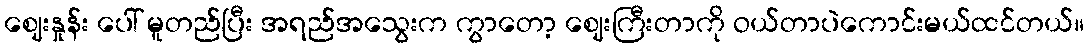
ဈေးနှုန်း ပေါ် မူတည်ပြီး အရည်အသွေးက ကွာတော့ ဈေးကြီးတာကို ဝယ်တာပဲကောင်းမယ်ထင်တယ်။